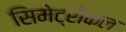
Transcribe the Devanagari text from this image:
सिमेट्रीकल